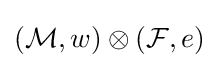
({\mathcal {M}},w)\otimes ({\mathcal {F}},e)